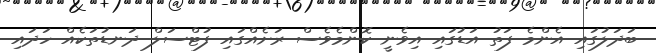
ބަދަލުގައި އެންމެ ފަތު އަޑުގައި އިވެނީ ކޮންމެވެސް ރަށެއްގައި ފުޓްސަލް ދަނޑުތަކެއް ހަދައި